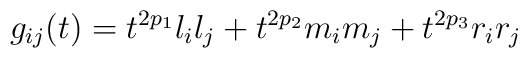
g_{ij} (t) = t^{2p_1} l_i l_j + t^{2p_2} m_i m_j + t^{2p_3} r_i r_j